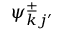
\psi _ { k j ^ { \prime } } ^ { \pm }